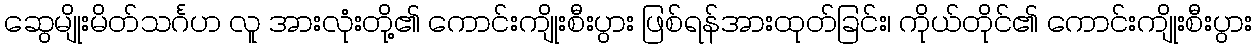
ဆွေမျိုးမိတ်သင်္ဂဟ လူ အားလုံးတို့၏ ကောင်းကျိုးစီးပွား ဖြစ်ရန်အားထုတ်ခြင်း၊ ကိုယ်တိုင်၏ ကောင်းကျိုးစီးပွား